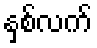
နှစ်လက်